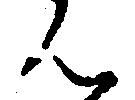
ん